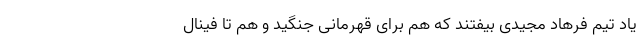
یاد تیم فرهاد مجیدی بیفتند که هم برای قهرمانی جنگید و هم تا فینال